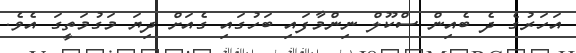
އަހަރުގެ ދެ ބެއިން ސްކޫލް ނިންމާފައި ބަހުގައި ގެއަށް ދިޔަ މަގުމަތީގަ އެވެ.